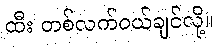
ထီး တစ်လက်ဝယ်ချင်လို့။